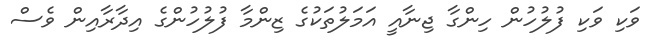
ވަކި ވަކި ފުލުހުން ހިންގާ ޖިނާއީ އަމަލުތަކުގެ ޒިންމާ ފުލުހުންގެ އިދާރާއިން ވެސް